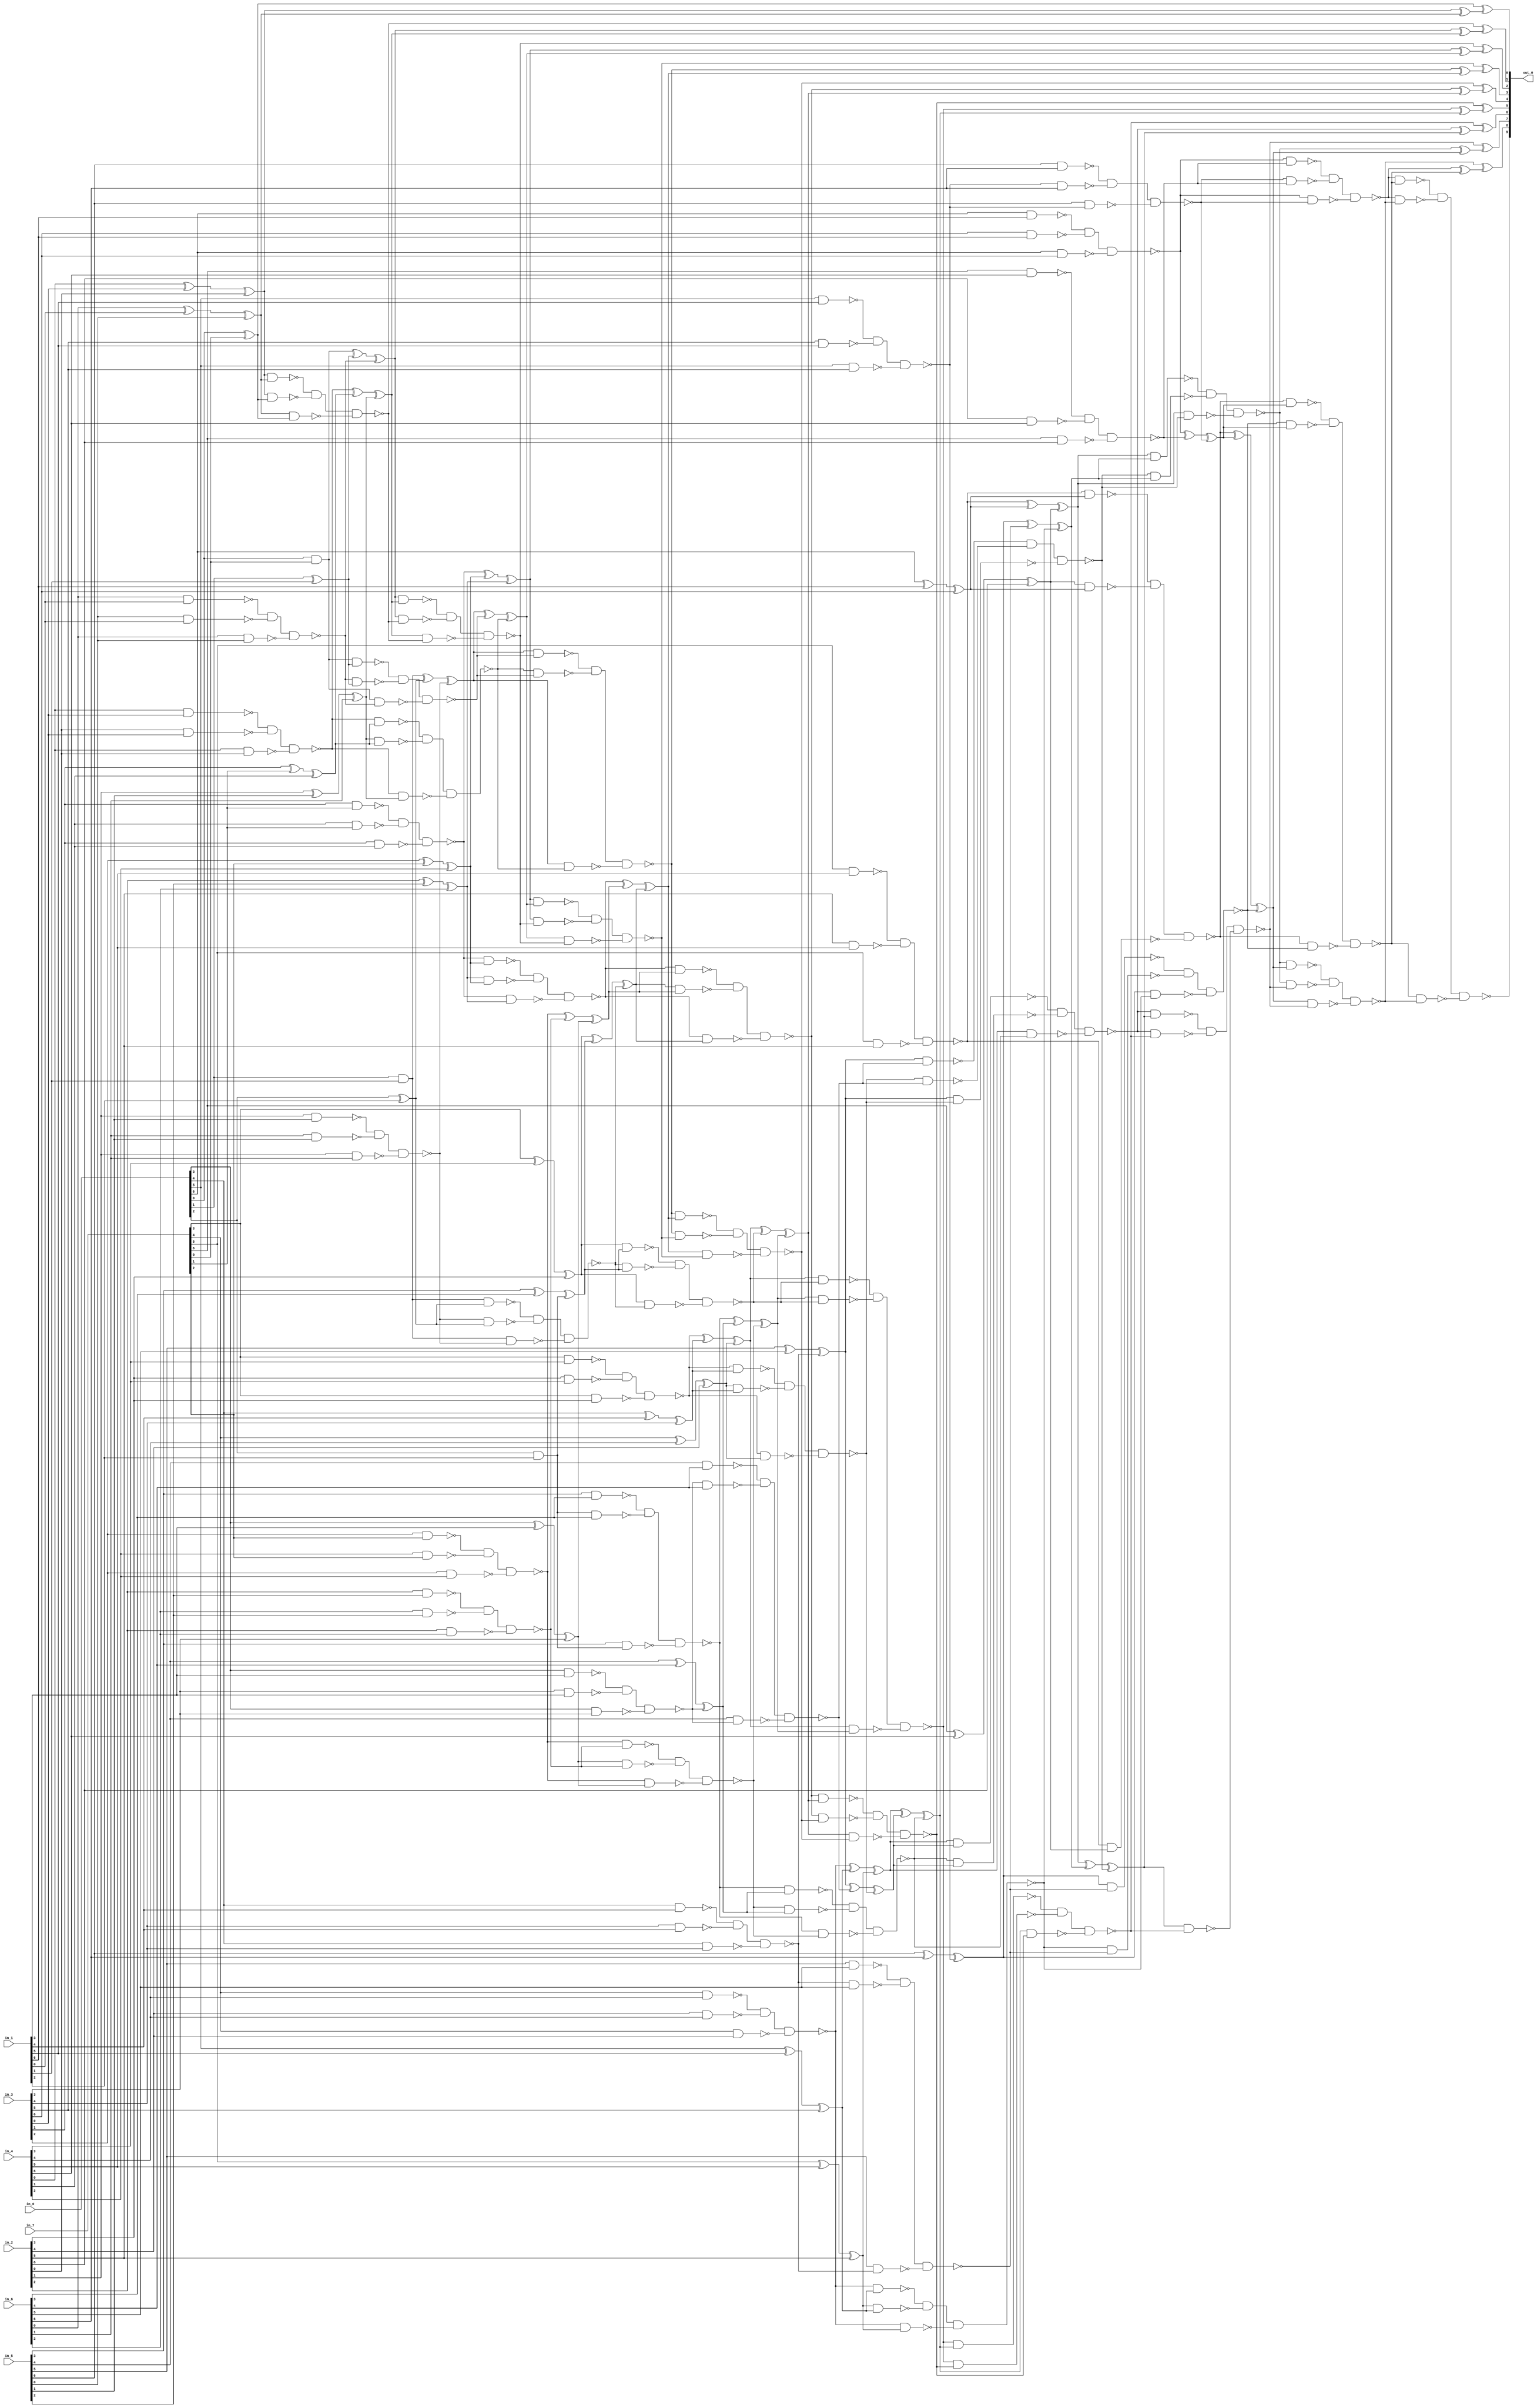
module csa_tree_add_1180_68_group_73_GENERIC_REAL(in_0, in_1, in_2,
     in_3, in_4, in_5, in_6, in_7, out_0);
// synthesis_equation "assign out_0 = ( ( ( ( ( ( ( in_6 + in_7 )  + in_5 )  + in_4 )  + in_3 )  + in_2 )  + in_1 )  + in_0 )  ;"
  input [6:0] in_0, in_1, in_2, in_3, in_4, in_5, in_6, in_7;
  output [9:0] out_0;
  wire [6:0] in_0, in_1, in_2, in_3, in_4, in_5, in_6, in_7;
  wire [9:0] out_0;
  wire n_68, n_69, n_70, n_71, n_72, n_73, n_74, n_75;
  wire n_76, n_78, n_79, n_80, n_81, n_82, n_83, n_84;
  wire n_85, n_86, n_87, n_88, n_89, n_90, n_91, n_92;
  wire n_93, n_94, n_95, n_96, n_97, n_98, n_99, n_100;
  wire n_101, n_102, n_103, n_104, n_105, n_106, n_107, n_108;
  wire n_109, n_110, n_111, n_112, n_113, n_114, n_115, n_116;
  wire n_117, n_118, n_119, n_120, n_121, n_122, n_123, n_124;
  wire n_125, n_126, n_127, n_128, n_129, n_130, n_131, n_132;
  wire n_133, n_134, n_135, n_136, n_137, n_138, n_139, n_140;
  wire n_141, n_142, n_143, n_144, n_145, n_146, n_147, n_148;
  wire n_149, n_150, n_151, n_152, n_153, n_154, n_155, n_156;
  wire n_157, n_158, n_159, n_160, n_161, n_162, n_163, n_164;
  wire n_165, n_166, n_167, n_168, n_169, n_170, n_171, n_172;
  wire n_173, n_174, n_175, n_176, n_177, n_178, n_179, n_180;
  wire n_181, n_182, n_183, n_184, n_185, n_186, n_187, n_188;
  wire n_189, n_190, n_191, n_192, n_193, n_194, n_195, n_196;
  wire n_197, n_198, n_199, n_200, n_201, n_202, n_203, n_204;
  wire n_205, n_206, n_207, n_208, n_209, n_210, n_211, n_212;
  wire n_213, n_214, n_215, n_216, n_217, n_218, n_219, n_220;
  wire n_221, n_222, n_223, n_224, n_225, n_226, n_227, n_228;
  wire n_229, n_230, n_231, n_232, n_233, n_234, n_235, n_236;
  wire n_237, n_238, n_239, n_240, n_241, n_242, n_243, n_244;
  wire n_245, n_246, n_247, n_248, n_249, n_250, n_251, n_252;
  wire n_253, n_254, n_255, n_256, n_257, n_258, n_259, n_260;
  wire n_261, n_262, n_263, n_264, n_265, n_266, n_267, n_268;
  wire n_269, n_270, n_271, n_272, n_273, n_274, n_275, n_276;
  wire n_277, n_278, n_279, n_280, n_281, n_282, n_283, n_284;
  wire n_285, n_286, n_287, n_288, n_289, n_290, n_291, n_292;
  wire n_293, n_294, n_295, n_296, n_297, n_298, n_299, n_300;
  wire n_301, n_302, n_303, n_304, n_305, n_306, n_307, n_308;
  wire n_309, n_310, n_311, n_312, n_313, n_314, n_315, n_316;
  wire n_317, n_318, n_319, n_320, n_321, n_322, n_323, n_324;
  wire n_325, n_326, n_327, n_328, n_329, n_330, n_331, n_332;
  wire n_333, n_334, n_335, n_336, n_337, n_338, n_339, n_340;
  xor g1 (n_87, in_0[0], in_7[0]);
  and g41 (n_88, in_0[0], in_7[0]);
  xor g42 (n_149, in_6[0], in_1[0]);
  xor g2 (n_86, n_149, in_5[0]);
  nand g43 (n_150, in_6[0], in_1[0]);
  nand g44 (n_151, in_5[0], in_1[0]);
  nand g45 (n_152, in_6[0], in_5[0]);
  nand g46 (n_90, n_150, n_151, n_152);
  xor g47 (n_153, in_4[0], in_3[0]);
  xor g48 (n_76, n_153, in_2[0]);
  nand g3 (n_154, in_4[0], in_3[0]);
  nand g49 (n_155, in_2[0], in_3[0]);
  nand g50 (n_156, in_4[0], in_2[0]);
  nand g51 (n_91, n_154, n_155, n_156);
  xor g52 (n_89, in_0[1], in_1[1]);
  and g53 (n_94, in_0[1], in_1[1]);
  xor g54 (n_157, in_3[1], in_7[1]);
  xor g55 (n_92, n_157, in_4[1]);
  nand g56 (n_158, in_3[1], in_7[1]);
  nand g4 (n_159, in_4[1], in_7[1]);
  nand g5 (n_160, in_3[1], in_4[1]);
  nand g57 (n_97, n_158, n_159, n_160);
  xor g58 (n_161, in_2[1], in_5[1]);
  xor g59 (n_93, n_161, in_6[1]);
  nand g60 (n_162, in_2[1], in_5[1]);
  nand g61 (n_163, in_6[1], in_5[1]);
  nand g62 (n_164, in_2[1], in_6[1]);
  nand g6 (n_96, n_162, n_163, n_164);
  xor g63 (n_165, n_88, n_89);
  xor g64 (n_75, n_165, n_90);
  nand g65 (n_166, n_88, n_89);
  nand g66 (n_167, n_90, n_89);
  nand g67 (n_168, n_88, n_90);
  nand g68 (n_101, n_166, n_167, n_168);
  xor g69 (n_169, n_91, n_92);
  xor g70 (n_85, n_169, n_93);
  nand g71 (n_170, n_91, n_92);
  nand g72 (n_171, n_93, n_92);
  nand g73 (n_172, n_91, n_93);
  nand g74 (n_102, n_170, n_171, n_172);
  xor g75 (n_95, in_0[2], in_1[2]);
  and g76 (n_103, in_0[2], in_1[2]);
  xor g77 (n_173, in_3[2], in_7[2]);
  xor g78 (n_98, n_173, in_4[2]);
  nand g79 (n_174, in_3[2], in_7[2]);
  nand g80 (n_175, in_4[2], in_7[2]);
  nand g81 (n_176, in_3[2], in_4[2]);
  nand g82 (n_104, n_174, n_175, n_176);
  xor g83 (n_177, in_2[2], in_5[2]);
  xor g84 (n_99, n_177, in_6[2]);
  nand g85 (n_178, in_2[2], in_5[2]);
  nand g86 (n_179, in_6[2], in_5[2]);
  nand g87 (n_180, in_2[2], in_6[2]);
  nand g88 (n_105, n_178, n_179, n_180);
  xor g89 (n_181, n_94, n_95);
  xor g90 (n_100, n_181, n_96);
  nand g91 (n_182, n_94, n_95);
  nand g92 (n_183, n_96, n_95);
  nand g93 (n_184, n_94, n_96);
  nand g94 (n_109, n_182, n_183, n_184);
  xor g95 (n_185, n_97, n_98);
  xor g96 (n_74, n_185, n_99);
  nand g97 (n_186, n_97, n_98);
  nand g98 (n_187, n_99, n_98);
  nand g99 (n_188, n_97, n_99);
  nand g100 (n_110, n_186, n_187, n_188);
  xor g101 (n_189, n_100, n_101);
  xor g102 (n_84, n_189, n_102);
  nand g103 (n_190, n_100, n_101);
  nand g104 (n_191, n_102, n_101);
  nand g105 (n_192, n_100, n_102);
  nand g106 (n_73, n_190, n_191, n_192);
  xor g107 (n_193, in_0[3], in_1[3]);
  xor g108 (n_106, n_193, in_3[3]);
  nand g109 (n_194, in_0[3], in_1[3]);
  nand g110 (n_195, in_3[3], in_1[3]);
  nand g111 (n_196, in_0[3], in_3[3]);
  nand g112 (n_113, n_194, n_195, n_196);
  xor g113 (n_197, in_7[3], in_4[3]);
  xor g114 (n_107, n_197, in_2[3]);
  nand g115 (n_198, in_7[3], in_4[3]);
  nand g116 (n_199, in_2[3], in_4[3]);
  nand g117 (n_200, in_7[3], in_2[3]);
  nand g118 (n_114, n_198, n_199, n_200);
  xor g119 (n_201, in_5[3], in_6[3]);
  xor g120 (n_108, n_201, n_103);
  nand g121 (n_202, in_5[3], in_6[3]);
  nand g122 (n_203, n_103, in_6[3]);
  nand g123 (n_204, in_5[3], n_103);
  nand g124 (n_117, n_202, n_203, n_204);
  xor g125 (n_205, n_104, n_105);
  xor g126 (n_111, n_205, n_106);
  nand g127 (n_206, n_104, n_105);
  nand g128 (n_207, n_106, n_105);
  nand g129 (n_208, n_104, n_106);
  nand g130 (n_119, n_206, n_207, n_208);
  xor g131 (n_209, n_107, n_108);
  xor g132 (n_112, n_209, n_109);
  nand g133 (n_210, n_107, n_108);
  nand g134 (n_211, n_109, n_108);
  nand g135 (n_212, n_107, n_109);
  nand g136 (n_121, n_210, n_211, n_212);
  xor g137 (n_213, n_110, n_111);
  xor g138 (n_83, n_213, n_112);
  nand g139 (n_214, n_110, n_111);
  nand g140 (n_215, n_112, n_111);
  nand g141 (n_216, n_110, n_112);
  nand g142 (n_72, n_214, n_215, n_216);
  xor g143 (n_217, in_0[4], in_1[4]);
  xor g144 (n_115, n_217, in_3[4]);
  nand g145 (n_218, in_0[4], in_1[4]);
  nand g146 (n_219, in_3[4], in_1[4]);
  nand g147 (n_220, in_0[4], in_3[4]);
  nand g148 (n_123, n_218, n_219, n_220);
  xor g149 (n_221, in_7[4], in_4[4]);
  xor g150 (n_116, n_221, in_2[4]);
  nand g151 (n_222, in_7[4], in_4[4]);
  nand g152 (n_223, in_2[4], in_4[4]);
  nand g153 (n_224, in_7[4], in_2[4]);
  nand g154 (n_124, n_222, n_223, n_224);
  xor g155 (n_225, in_5[4], in_6[4]);
  xor g156 (n_118, n_225, n_113);
  nand g157 (n_226, in_5[4], in_6[4]);
  nand g158 (n_227, n_113, in_6[4]);
  nand g159 (n_228, in_5[4], n_113);
  nand g160 (n_128, n_226, n_227, n_228);
  xor g161 (n_229, n_114, n_115);
  xor g162 (n_120, n_229, n_116);
  nand g163 (n_230, n_114, n_115);
  nand g164 (n_231, n_116, n_115);
  nand g165 (n_232, n_114, n_116);
  nand g166 (n_129, n_230, n_231, n_232);
  xor g167 (n_233, n_117, n_118);
  xor g168 (n_122, n_233, n_119);
  nand g169 (n_234, n_117, n_118);
  nand g170 (n_235, n_119, n_118);
  nand g171 (n_236, n_117, n_119);
  nand g172 (n_132, n_234, n_235, n_236);
  xor g173 (n_237, n_120, n_121);
  xor g174 (n_82, n_237, n_122);
  nand g175 (n_238, n_120, n_121);
  nand g176 (n_239, n_122, n_121);
  nand g177 (n_240, n_120, n_122);
  nand g178 (n_71, n_238, n_239, n_240);
  xor g179 (n_241, in_0[5], in_1[5]);
  xor g180 (n_125, n_241, in_3[5]);
  nand g181 (n_242, in_0[5], in_1[5]);
  nand g182 (n_243, in_3[5], in_1[5]);
  nand g183 (n_244, in_0[5], in_3[5]);
  nand g184 (n_133, n_242, n_243, n_244);
  xor g185 (n_245, in_7[5], in_4[5]);
  xor g186 (n_126, n_245, in_2[5]);
  nand g187 (n_246, in_7[5], in_4[5]);
  nand g188 (n_247, in_2[5], in_4[5]);
  nand g189 (n_248, in_7[5], in_2[5]);
  nand g190 (n_134, n_246, n_247, n_248);
  xor g191 (n_249, in_5[5], in_6[5]);
  xor g192 (n_127, n_249, n_123);
  nand g193 (n_250, in_5[5], in_6[5]);
  nand g194 (n_251, n_123, in_6[5]);
  nand g195 (n_252, in_5[5], n_123);
  nand g196 (n_138, n_250, n_251, n_252);
  xor g197 (n_253, n_124, n_125);
  xor g198 (n_130, n_253, n_126);
  nand g199 (n_254, n_124, n_125);
  nand g200 (n_255, n_126, n_125);
  nand g201 (n_256, n_124, n_126);
  nand g202 (n_139, n_254, n_255, n_256);
  xor g203 (n_257, n_127, n_128);
  xor g204 (n_131, n_257, n_129);
  nand g205 (n_258, n_127, n_128);
  nand g206 (n_259, n_129, n_128);
  nand g207 (n_260, n_127, n_129);
  nand g208 (n_142, n_258, n_259, n_260);
  xor g209 (n_261, n_130, n_131);
  xor g210 (n_81, n_261, n_132);
  nand g211 (n_262, n_130, n_131);
  nand g212 (n_263, n_132, n_131);
  nand g213 (n_264, n_130, n_132);
  nand g214 (n_70, n_262, n_263, n_264);
  xor g215 (n_265, in_0[6], in_1[6]);
  xor g216 (n_135, n_265, in_3[6]);
  nand g217 (n_266, in_0[6], in_1[6]);
  nand g218 (n_267, in_3[6], in_1[6]);
  nand g219 (n_268, in_0[6], in_3[6]);
  nand g220 (n_143, n_266, n_267, n_268);
  xor g221 (n_269, in_7[6], in_4[6]);
  xor g222 (n_136, n_269, in_2[6]);
  nand g223 (n_270, in_7[6], in_4[6]);
  nand g224 (n_271, in_2[6], in_4[6]);
  nand g225 (n_272, in_7[6], in_2[6]);
  nand g226 (n_144, n_270, n_271, n_272);
  xor g227 (n_273, in_5[6], in_6[6]);
  xor g228 (n_137, n_273, n_133);
  nand g229 (n_274, in_5[6], in_6[6]);
  nand g230 (n_275, n_133, in_6[6]);
  nand g231 (n_276, in_5[6], n_133);
  nand g232 (n_145, n_274, n_275, n_276);
  xor g233 (n_277, n_134, n_135);
  xor g234 (n_140, n_277, n_136);
  nand g235 (n_278, n_134, n_135);
  nand g236 (n_279, n_136, n_135);
  nand g237 (n_280, n_134, n_136);
  nand g238 (n_146, n_278, n_279, n_280);
  xor g239 (n_281, n_137, n_138);
  xor g240 (n_141, n_281, n_139);
  nand g241 (n_282, n_137, n_138);
  nand g242 (n_283, n_139, n_138);
  nand g243 (n_284, n_137, n_139);
  nand g244 (n_148, n_282, n_283, n_284);
  xor g245 (n_285, n_140, n_141);
  xor g246 (n_80, n_285, n_142);
  nand g247 (n_286, n_140, n_141);
  nand g248 (n_287, n_142, n_141);
  nand g249 (n_288, n_140, n_142);
  nand g250 (n_69, n_286, n_287, n_288);
  xor g251 (n_289, n_143, n_144);
  xor g252 (n_147, n_289, n_145);
  nand g253 (n_290, n_143, n_144);
  nand g254 (n_291, n_145, n_144);
  nand g255 (n_292, n_143, n_145);
  nand g256 (n_68, n_290, n_291, n_292);
  xor g257 (n_293, n_146, n_147);
  xor g258 (n_79, n_293, n_148);
  nand g259 (n_294, n_146, n_147);
  nand g260 (n_295, n_148, n_147);
  nand g261 (n_296, n_146, n_148);
  nand g262 (n_78, n_294, n_295, n_296);
  nand g263 (n_297, n_76, n_86);
  nand g264 (n_298, n_76, n_87);
  nand g265 (n_299, n_86, n_87);
  nand g266 (n_301, n_297, n_298, n_299);
  xor g267 (n_300, n_76, n_86);
  xor g268 (out_0[0], n_87, n_300);
  nand g7 (n_302, n_75, n_85);
  nand g8 (n_303, n_75, n_301);
  nand g9 (n_304, n_85, n_301);
  nand g10 (n_306, n_302, n_303, n_304);
  xor g11 (n_305, n_75, n_85);
  xor g12 (out_0[1], n_301, n_305);
  nand g13 (n_307, n_74, n_84);
  nand g14 (n_308, n_74, n_306);
  nand g15 (n_309, n_84, n_306);
  nand g16 (n_311, n_307, n_308, n_309);
  xor g17 (n_310, n_74, n_84);
  xor g18 (out_0[2], n_306, n_310);
  nand g19 (n_312, n_73, n_83);
  nand g20 (n_313, n_73, n_311);
  nand g21 (n_314, n_83, n_311);
  nand g22 (n_316, n_312, n_313, n_314);
  xor g23 (n_315, n_73, n_83);
  xor g24 (out_0[3], n_311, n_315);
  nand g25 (n_317, n_72, n_82);
  nand g26 (n_318, n_72, n_316);
  nand g27 (n_319, n_82, n_316);
  nand g28 (n_321, n_317, n_318, n_319);
  xor g29 (n_320, n_72, n_82);
  xor g30 (out_0[4], n_316, n_320);
  nand g31 (n_322, n_71, n_81);
  nand g32 (n_323, n_71, n_321);
  nand g33 (n_324, n_81, n_321);
  nand g34 (n_326, n_322, n_323, n_324);
  xor g35 (n_325, n_71, n_81);
  xor g36 (out_0[5], n_321, n_325);
  nand g37 (n_327, n_70, n_80);
  nand g38 (n_328, n_70, n_326);
  nand g39 (n_329, n_80, n_326);
  nand g40 (n_331, n_327, n_328, n_329);
  xor g269 (n_330, n_70, n_80);
  xor g270 (out_0[6], n_326, n_330);
  nand g271 (n_332, n_69, n_79);
  nand g272 (n_333, n_69, n_331);
  nand g273 (n_334, n_79, n_331);
  nand g274 (n_336, n_332, n_333, n_334);
  xor g275 (n_335, n_69, n_79);
  xor g276 (out_0[7], n_331, n_335);
  nand g277 (n_337, n_68, n_78);
  nand g278 (n_338, n_68, n_336);
  nand g279 (n_339, n_78, n_336);
  nand g280 (out_0[9], n_337, n_338, n_339);
  xor g281 (n_340, n_68, n_78);
  xor g282 (out_0[8], n_336, n_340);
endmodule

module csa_tree_add_1180_68_group_73_GENERIC(in_0, in_1, in_2, in_3,
     in_4, in_5, in_6, in_7, out_0);
  input [6:0] in_0, in_1, in_2, in_3, in_4, in_5, in_6, in_7;
  output [9:0] out_0;
  wire [6:0] in_0, in_1, in_2, in_3, in_4, in_5, in_6, in_7;
  wire [9:0] out_0;
  csa_tree_add_1180_68_group_73_GENERIC_REAL g1(.in_0 (in_0), .in_1
       (in_1), .in_2 (in_2), .in_3 (in_3), .in_4 (in_4), .in_5 (in_5),
       .in_6 (in_6), .in_7 (in_7), .out_0 (out_0));
endmodule